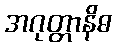
အဂုတ္တာနိဓ